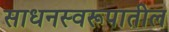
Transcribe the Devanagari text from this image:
साधनस्वरूपातील